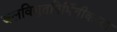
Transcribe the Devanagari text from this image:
जलविद्युतनिर्मितीकरता